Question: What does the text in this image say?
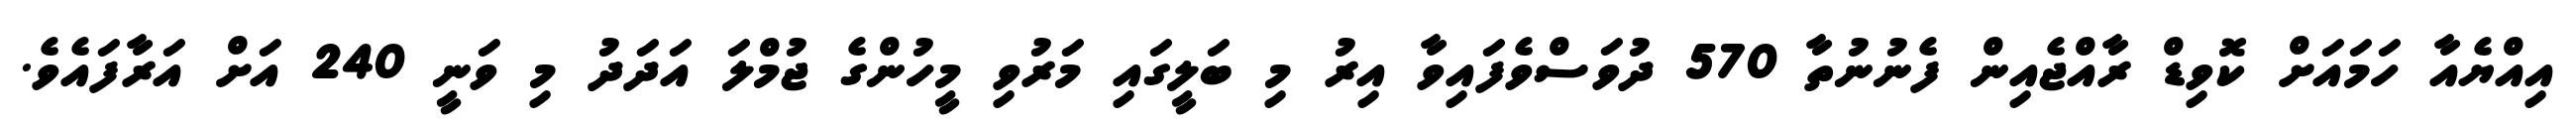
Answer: އިއްޔެއާ ހަމައަށް ކޮވިޑް ރާއްޖެއިން ފެނުނުތާ 570 ދުވަސްވެފައިވާ އިރު މި ބަލީގައި މަރުވި މީހުންގެ ޖުމްލަ އަދަދު މި ވަނީ 240 އަށް އަރާފައެވެ.